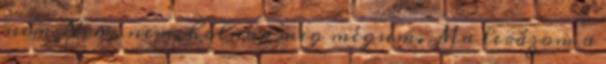
nem Nem, nem, holnap meg mégsem. Ma lerázom a